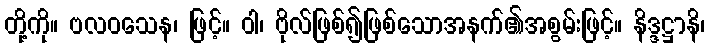
တို့ကို။ ဗလဝသေန၊ ဖြင့်။ ဝါ၊ ဗိုလ်ဖြစ်၍ဖြစ်သောအနက်၏အစွမ်းဖြင့်။ နိဒ္ဒဋ္ဌာနိ၊